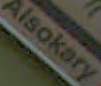
Alsokary